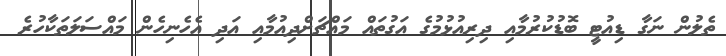
ތެލުން ނަގާ ޑިއުޓީ ބޮޑުކުރުމާއި ދިރިއުޅުމުގެ އަގުތައް މައްޗަށްދިއުމާއި އަދި އެހެނިހެން މައްސަލަތަކާހުރެ